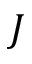
J